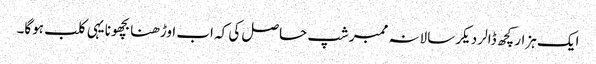
ایک ہزار کچھ ڈالر دیکر سالانہ ممبرشپ حاصل کی کہ اب اوڑھنا بچھونا یہی کلب ہوگا۔